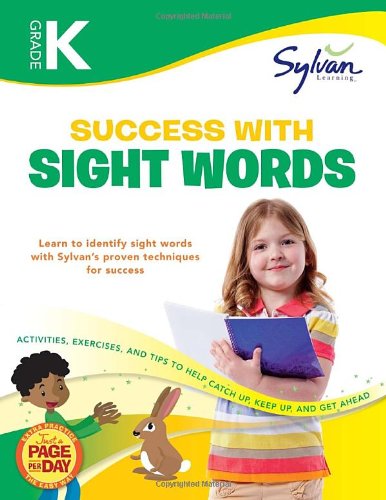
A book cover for Kindergarten Success with Sight Words (Sylvan Workbooks) (Language Arts Workbooks); Sylvan Learning; Education & Teaching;